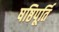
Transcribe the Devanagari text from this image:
षष्ठिपूर्ति